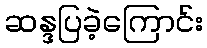
ဆန္ဒပြခဲ့ကြောင်း